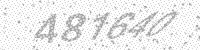
Solution: 481640